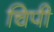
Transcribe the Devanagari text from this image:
चिपी